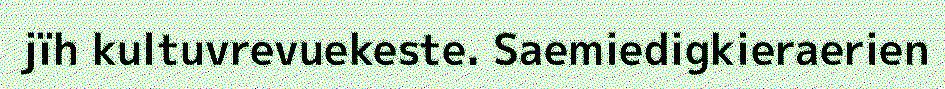
jïh kultuvrevuekeste. Saemiedigkieraerien